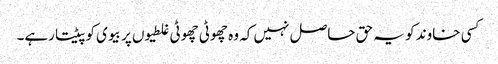
کسی خاوند کو یہ حق حاصل نہیں کہ وہ چھوٹی چھوٹی غلطیوں پر بیوی کو پیٹتا رہے۔